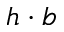
h \cdot b